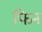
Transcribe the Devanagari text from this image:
फिन